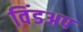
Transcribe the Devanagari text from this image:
विंडअप